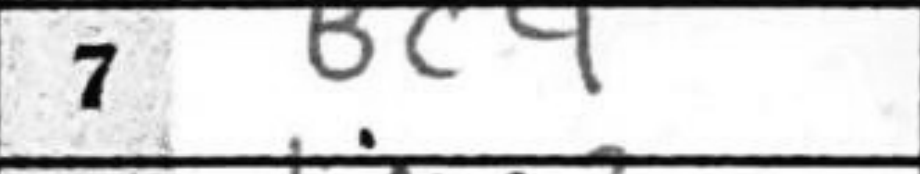
Transcription: Bc4